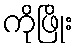
ကိုဖြိုး